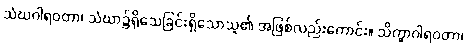
သံဃဂါရဝတာ၊ သံဃာ၌ရိုသေခြင်းရှိသောသူ၏ အဖြစ်လည်းကောင်း။ သိက္ခာဂါရဝတာ၊